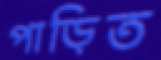
পাড়িত